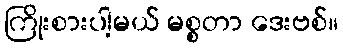
ကြိုးစားပါ့မယ် မစ္စတာ ဒေးဗစ်။